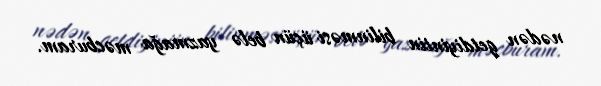
nədən getdiyiniin bilinməsi üçün belə yazmağa məcburam.